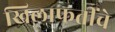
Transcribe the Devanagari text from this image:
खिलाफतींचे